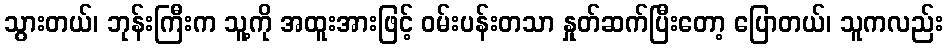
သွားတယ်၊ ဘုန်းကြီးက သူ့ကို အထူးအားဖြင့် ဝမ်းပန်းတသာ နှုတ်ဆက်ပြီးတော့ ပြောတယ်၊ သူကလည်း